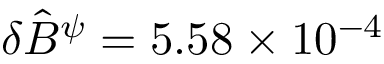
\delta \hat { B } ^ { \psi } = 5 . 5 8 \times 1 0 ^ { - 4 }